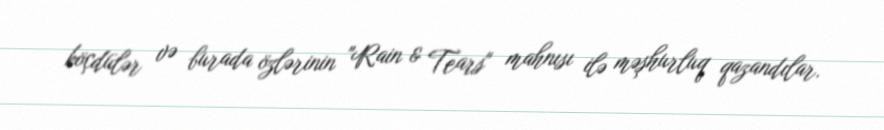
köçdülər və burada özlərinin "Rain & Tears" mahnısı ilə məşhurluq qazandılar.